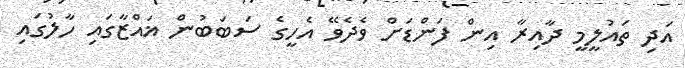
އަދި ތައުލީމީ ދާއިރާ އިން ފަންޑަށް ވެދެވޭ އެހީގެ ސަބަބުން ޣައްޒާގައި ހާލުގައި